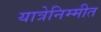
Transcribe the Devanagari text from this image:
यात्रेनिम्मीत